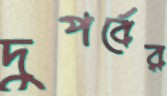
দুপর্বের